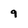
Character: 9